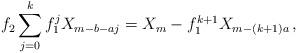
LaTeX: \begin{align*}f_2\sum_{j = 0}^k {f_1^j X_{m - b - a j} } = X_m - f_1^{k + 1} X_{m - (k + 1)a }\,,\end{align*}